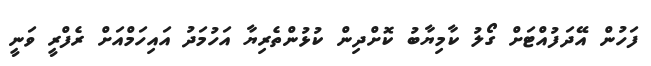
ފަހުން އޭދަފުއްޓަށް ގޯލު ކާމިޔާބު ކޮށްދިން ކުޅުންތެރިޔާ އަހުމަދު އައިހަމްއަށް ރެފްރީ ވަނީ